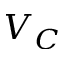
V _ { C }